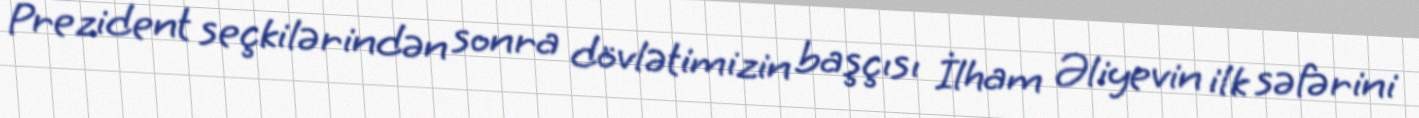
Prezident seçkilərindən sonra dövlətimizin başçısı İlham Əliyevin ilk səfərini